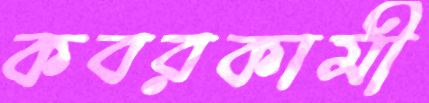
কবরকামী